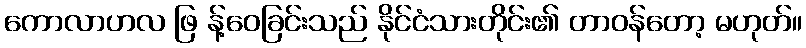
ကောလာဟလ ဖြ န့်ဝေခြင်းသည် နိုင်ငံသားတိုင်း၏ တာဝန်တော့ မဟုတ်။